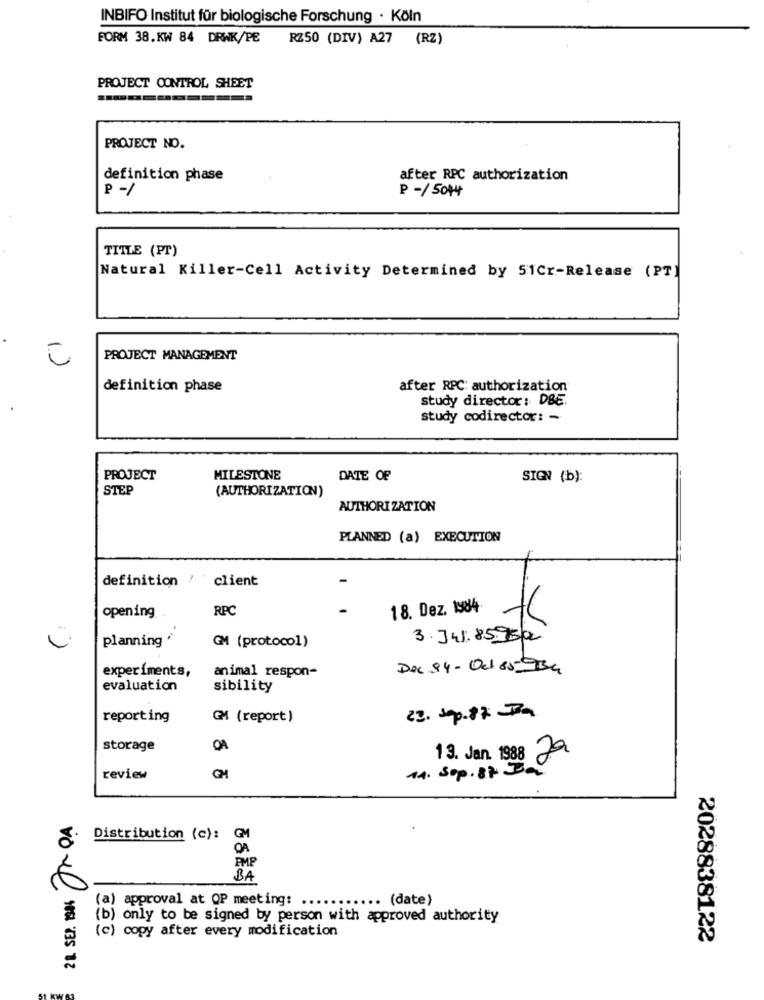
INBIFO Institut für biologische Forschung · Köln
FORM 38.KW 84 DRWK/PE
RZ50 (DIV) A27 (RZ)
PROJECT CONTROL SHEET
PROJECT NO.
definition phase
after RPC authorization
P -/
P-/5044
TITLE (PT)
Natural Killer-Cell Activity Determined by 51Cr-Release (PT)
PROJECT MANAGEMENT
definition phase
after RPC: authorization
study director: DBE.
study codirector: -
PROJECT
MILESTONE
DATE OF
SIGN (b):
STEP
(AUTHORIZATION)
AUTHORIZATION
PLANNED (a) EXECUTION
definition / client
RPC
18. Dez. 1984
opening
planning *
3.34l.85.950
GM (protocol)
experiments,
animal respon-
Dec 94- Oct 85-934
evaluation
sibility
22. Sep. 87 Ja
reporting
GM (report)
storage
QA
3. Jan
29
14. Sop . 8R Ba
review
Distribution (c): GM
OA
AMP
BA
28. SEP. 1984
(a) approval at OP meeting:
.. (date)
(b) only to be signed by person with approved authority
(c) copy after every modification
2028838122